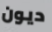
ديون